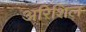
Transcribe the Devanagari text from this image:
अरिशिल